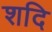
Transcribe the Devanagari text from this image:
शदि